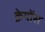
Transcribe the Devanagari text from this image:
क्रेयोंस